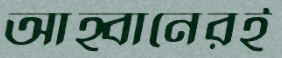
আহ্বানেরই